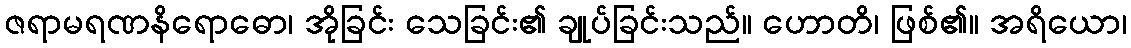
ဇရာမရဏနိရောဓော၊ အိုခြင်း သေခြင်း၏ ချုပ်ခြင်းသည်။ ဟောတိ၊ ဖြစ်၏။ အရိယော၊